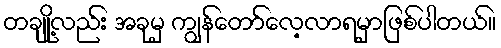
တချို့လည်း အခုမှ ကျွန်တော်လေ့လာရမှာဖြစ်ပါတယ်။